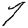
Digit: 7